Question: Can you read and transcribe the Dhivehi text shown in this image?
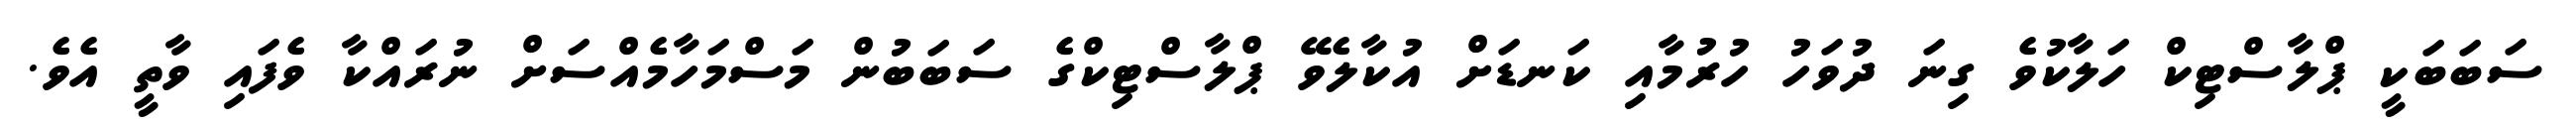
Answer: ސަބަބަކީ ޕްލާސްޓިކް ހަލާކުވެ ގިނަ ދުވަހު ހުރުމާއި ކަނޑަށް އުކާލެވޭ ޕްލާސްޓިކްގެ ސަބަބުން މަސްމަހާމެއްސަށް ނުރައްކާ ވެފައި ވާތީ އެވެ.